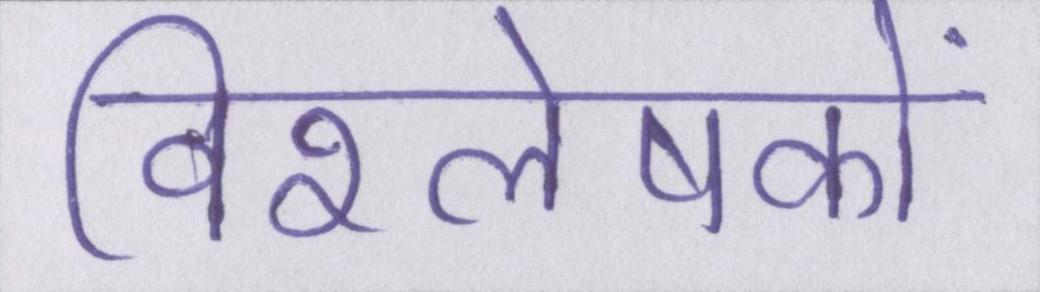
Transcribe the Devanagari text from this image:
विश्लेषकों